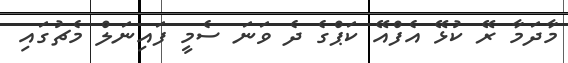
މާދަމާ ރޭ ކުޅޭ އެފްއޭ ކަޕްގެ ދެ ވަނަ ސެމީ ފައިނަލް މެޗުގައި